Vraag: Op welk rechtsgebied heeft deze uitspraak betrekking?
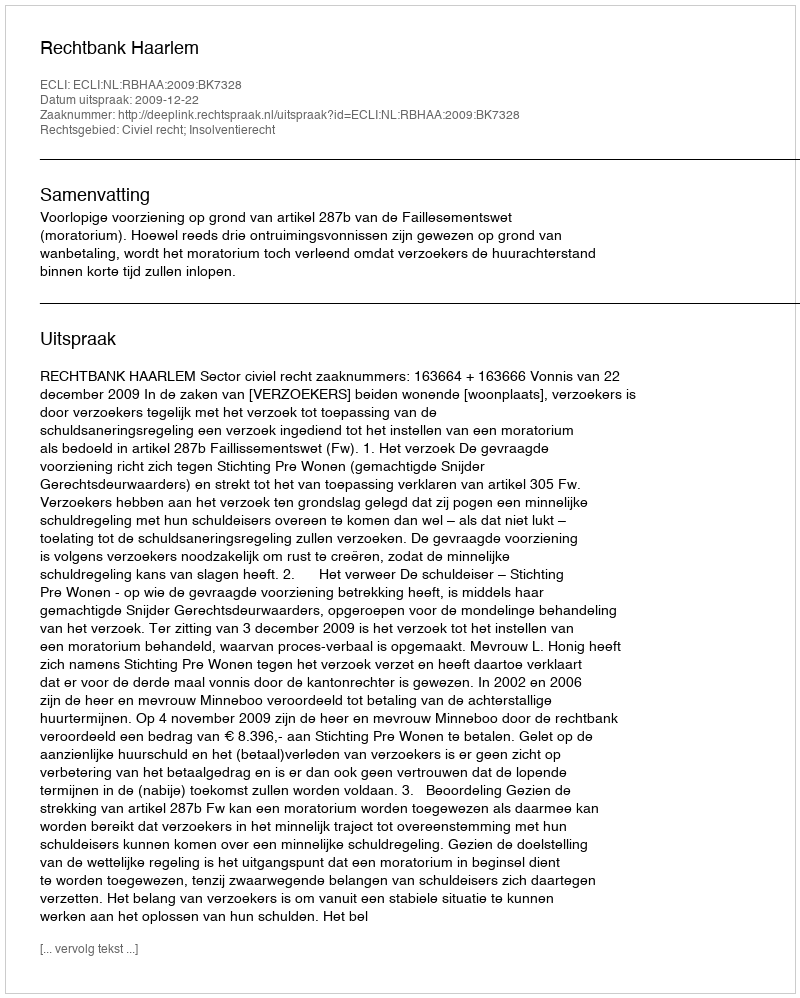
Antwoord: Civiel recht; Insolventierecht